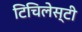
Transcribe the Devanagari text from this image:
टिचिलेस्टी